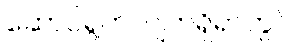
ဆောင်ရွက်လျက်ရှိရာတွင်